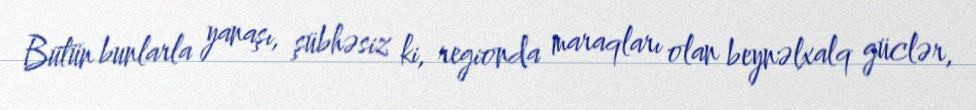
Bütün bunlarla yanaşı, şübhəsiz ki, regionda maraqları olan beynəlxalq güclər,